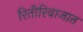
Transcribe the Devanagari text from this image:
रितीरिवाजात